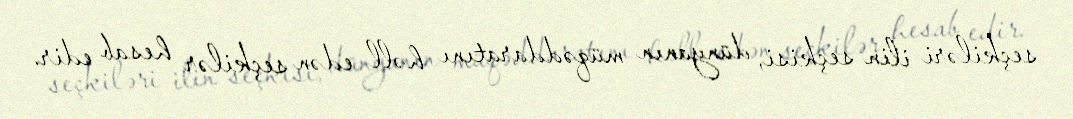
seçkiləri ilin seçkisi, dünyanın müqəddaratını həll edən seçkilər hesab edir.